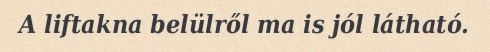
A liftakna belülről ma is jól látható.